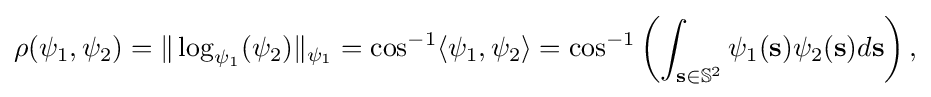
{\begin{aligned}\rho (\psi _{1},\psi _{2})=\|\log _{\psi _{1}}(\psi _{2})\|_{\psi _{1}}=\cos ^{-1}\langle \psi _{1},\psi _{2}\rangle =\cos ^{-1}\left(\int _{{\bf {s}}\in {\mathbb {S} }^{2}}\psi _{1}({\bf {s}})\psi _{2}({\bf {s}})d{\bf {s}}\right),\end{aligned}}